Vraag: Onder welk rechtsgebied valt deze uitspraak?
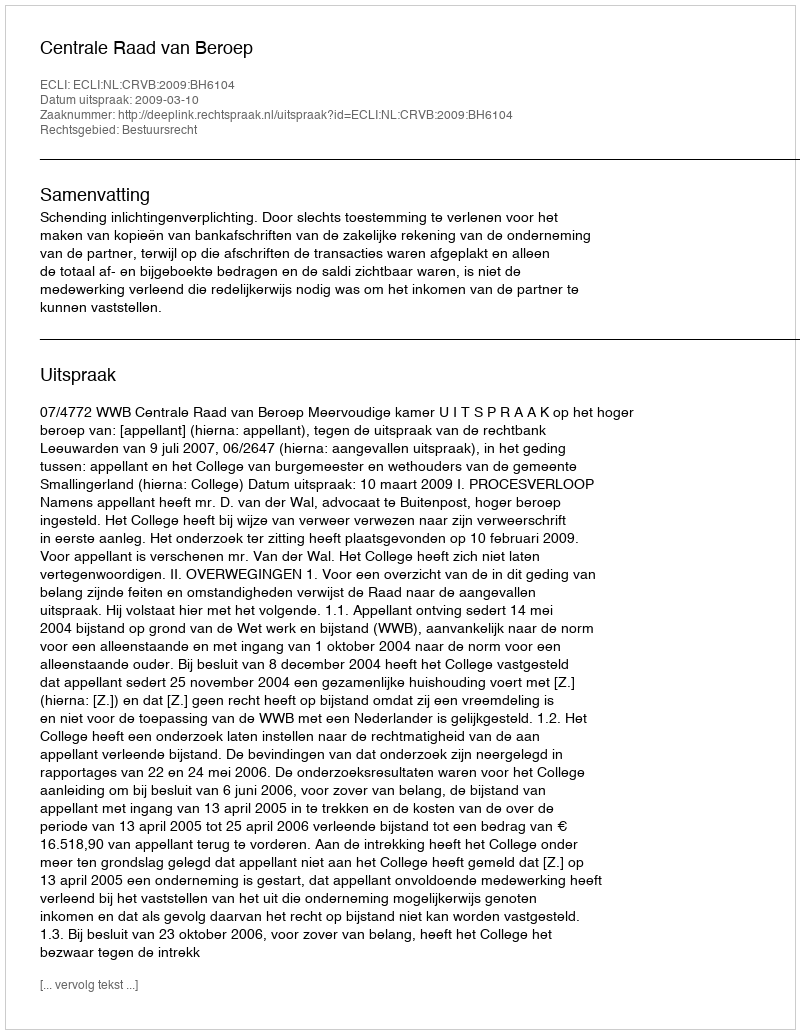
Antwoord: Bestuursrecht